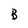
Character: B